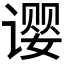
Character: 𬤚